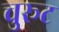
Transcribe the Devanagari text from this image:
चुरूट